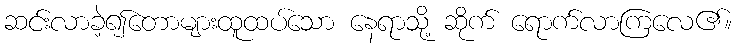
ဆင်းလာခဲ့၍တောများထူထပ်သော နေရာသို့ ဆိုက် ရောက်လာကြလေ၏။